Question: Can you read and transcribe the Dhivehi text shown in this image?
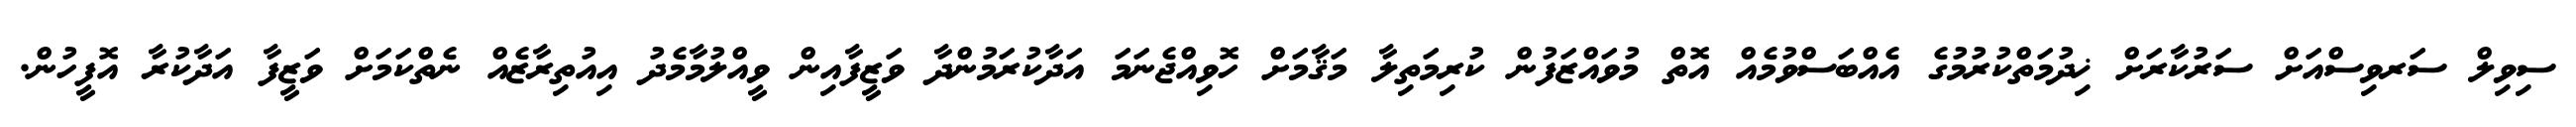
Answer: ސިވިލް ސަރވިސްއަށް ސަރުކާރަށް ޚިދުމަތްކުރުމުގެ އެއްބަސްވުމެއް އޮތް މުވައްޒަފުން ކުރިމަތިލާ މަޤާމަށް ހޮވިއްޖެނަމަ އަދާކުރަމުންދާ ވަޒީފާއިން ވީއްލުމާމެދު އިއުތިރާޒެއް ނެތްކަމަށް ވަޒީފާ އަދާކުރާ އޮފީހުން.